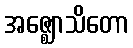
အဇ္ဈောသိတော